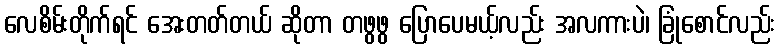
လေစိမ်းတိုက်ရင် အေးတတ်တယ် ဆိုတာ တဖွဖွ ပြောပေမယ့်လည်း အလကားပဲ၊ ခြုံစောင်လည်း